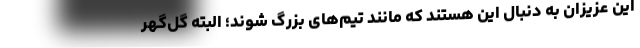
این عزیزان به دنبال این هستند که مانند تیم‌های بزرگ شوند؛ البته گل‌گهر